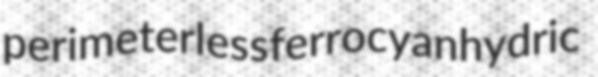
perimeterless ferrocyanhydric